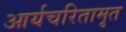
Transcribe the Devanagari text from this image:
आर्यचरितामृत